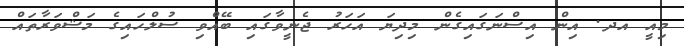
މިއީ އދ. އިން އިސްނަގައިގެން މިދިޔަ އަހަރު ޖެނީވާގައި ބޭއްވި ސުލްހައިގެ މަޝްވަރާތައް